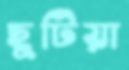
ছুটিয়া